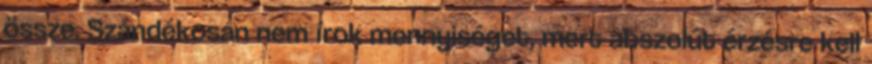
össze. Szándékosan nem írok mennyiséget, mert abszolút érzésre kell